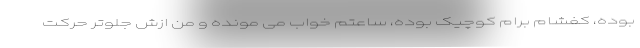
بوده، کفشام برام کوچیک بوده، ساعتم خواب می ‌مونده و من ازش جلوتر حرکت